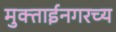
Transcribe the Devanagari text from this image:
मुक्ताईनगरच्य